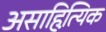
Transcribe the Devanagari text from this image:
असाहित्यि़क